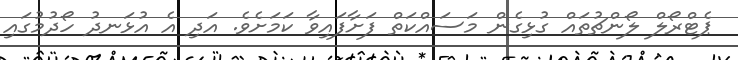
ޕެޓްރޯލް ލޯންޗުތައް ގުޅިގެން މަސައްކަތް ފަށާފައިވާ ކަމަށެވެ. އަދި އެ އުޅަނދު ހޯދުމުގައި